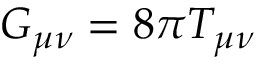
G _ { \mu \nu } = 8 \pi T _ { \mu \nu }